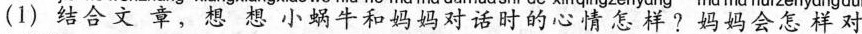
(1)结合文章，想想小蜗牛和妈妈对话时的心情怎样？妈妈会怎样对